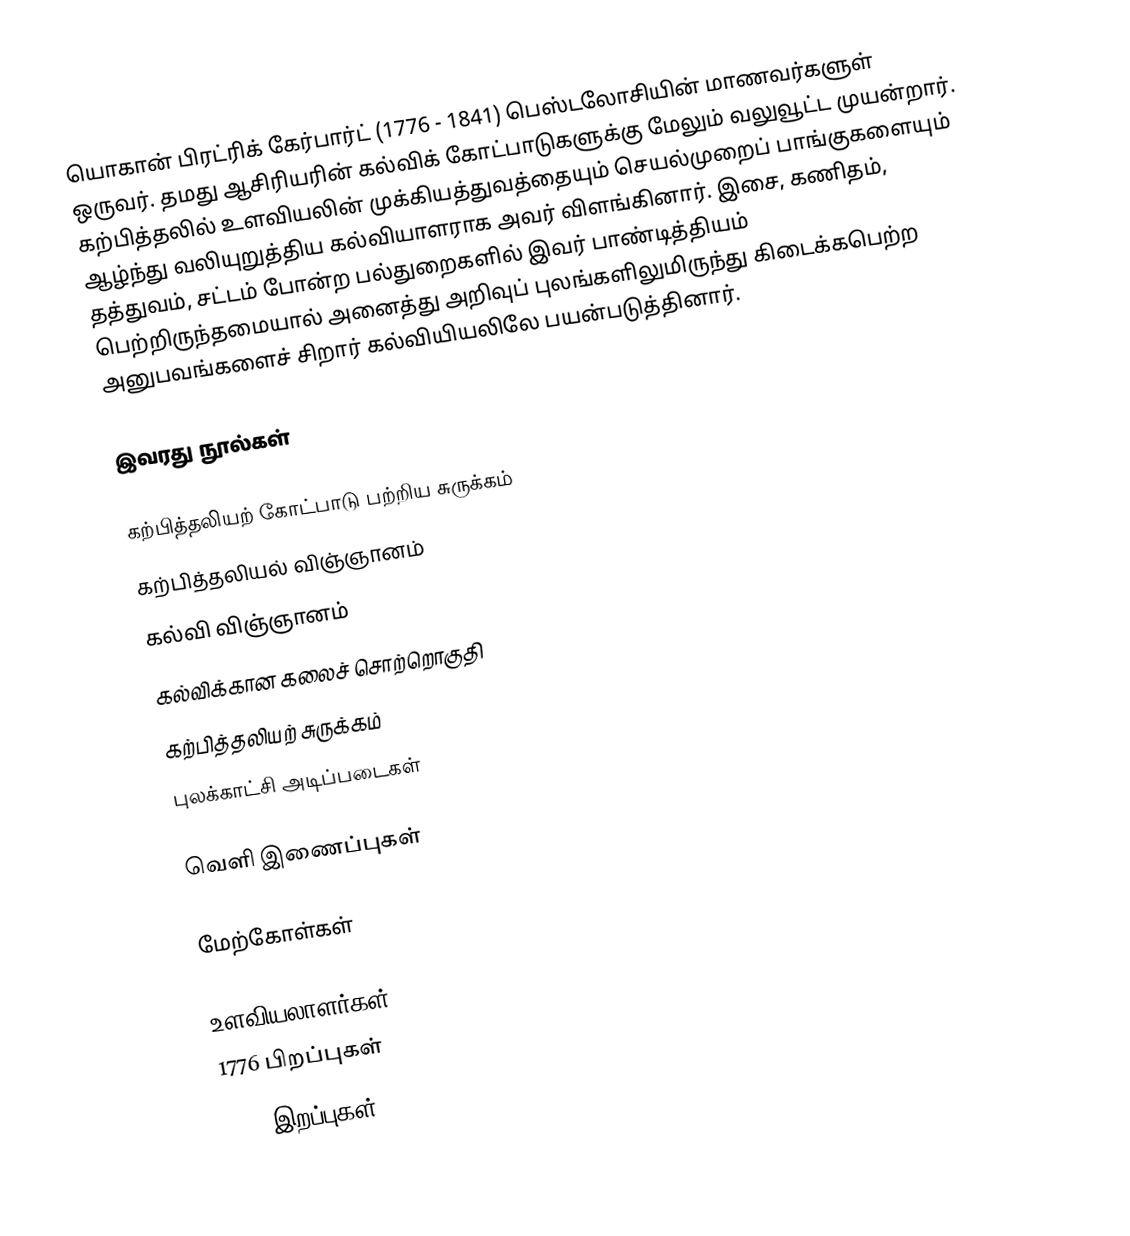
யொகான் பிரட்ரிக் கேர்பார்ட் (1776 - 1841) பெஸ்டலோசியின் மாணவர்களுள் ஒருவர். தமது ஆசிரியரின் கல்விக் கோட்பாடுகளுக்கு மேலும் வலுவூட்ட முயன்றார். கற்பித்தலில் உளவியலின் முக்கியத்துவத்தையும் செயல்முறைப் பாங்குகளையும் ஆழ்ந்து வலியுறுத்திய கல்வியாளராக அவர் விளங்கினார். இசை, கணிதம், தத்துவம், சட்டம் போன்ற பல்துறைகளில் இவர் பாண்டித்தியம் பெற்றிருந்தமையால் அனைத்து அறிவுப் புலங்களிலுமிருந்து கிடைக்கபெற்ற அனுபவங்களைச் சிறார் கல்வியியலிலே பயன்படுத்தினார்.

இவரது நூல்கள்

 கற்பித்தலியற் கோட்பாடு பற்றிய சுருக்கம்
 கற்பித்தலியல் விஞ்ஞானம்
 கல்வி விஞ்ஞானம்
 கல்விக்கான கலைச் சொற்றொகுதி
 கற்பித்தலியற் சுருக்கம்
 புலக்காட்சி அடிப்படைகள்

வெளி இணைப்புகள்

மேற்கோள்கள்

உளவியலாளர்கள்
1776 பிறப்புகள்
1841 இறப்புகள்